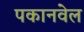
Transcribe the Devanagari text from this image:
पकानवेल